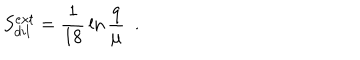
LaTeX: S _ { d i l } ^ { e x t } = { \frac { 1 } { 1 8 } } \ln { \frac { q } { \mu } } ~ ~ .